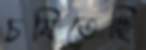
চষিতেছি